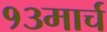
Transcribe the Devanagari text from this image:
१३मार्च